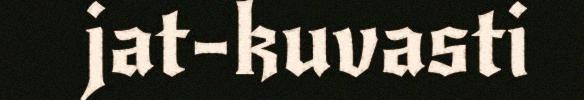
jat-kuvasti